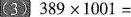
（3) $$3 8 9 \times 1 0 0 1 =$$